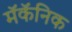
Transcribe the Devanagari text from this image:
मॅकॅनिक